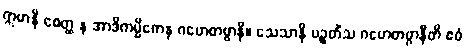
ဣမာနိ စေတ္ထ န အာဒိကမ္မိကေန ဂဟေတဗ္ဗာနိ။ သေသာနိ ပဉ္စတိံသ ဂဟေတဗ္ဗာနီတိ ဧဝံ